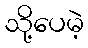
သို့ပေမဲ့